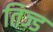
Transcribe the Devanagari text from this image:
तिज्ड